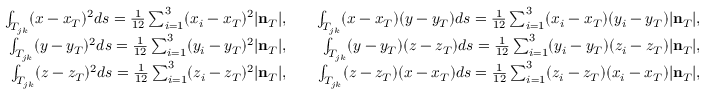
\begin{array} { r l r } { \int _ { T _ { j k } } ( x - x _ { T } ) ^ { 2 } d s = \frac { 1 } { 1 2 } \sum _ { i = 1 } ^ { 3 } ( x _ { i } - x _ { T } ) ^ { 2 } | { \bf n } _ { T } | , } & { } & { \int _ { T _ { j k } } ( x - x _ { T } ) ( y - y _ { T } ) d s = \frac { 1 } { 1 2 } \sum _ { i = 1 } ^ { 3 } ( x _ { i } - x _ { T } ) ( y _ { i } - y _ { T } ) | { \bf n } _ { T } | , } \\ { \int _ { T _ { j k } } ( y - y _ { T } ) ^ { 2 } d s = \frac { 1 } { 1 2 } \sum _ { i = 1 } ^ { 3 } ( y _ { i } - y _ { T } ) ^ { 2 } | { \bf n } _ { T } | , } & { } & { \int _ { T _ { j k } } ( y - y _ { T } ) ( z - z _ { T } ) d s = \frac { 1 } { 1 2 } \sum _ { i = 1 } ^ { 3 } ( y _ { i } - y _ { T } ) ( z _ { i } - z _ { T } ) | { \bf n } _ { T } | , } \\ { \int _ { T _ { j k } } ( z - z _ { T } ) ^ { 2 } d s = \frac { 1 } { 1 2 } \sum _ { i = 1 } ^ { 3 } ( z _ { i } - z _ { T } ) ^ { 2 } | { \bf n } _ { T } | , } & { } & { \int _ { T _ { j k } } ( z - z _ { T } ) ( x - x _ { T } ) d s = \frac { 1 } { 1 2 } \sum _ { i = 1 } ^ { 3 } ( z _ { i } - z _ { T } ) ( x _ { i } - x _ { T } ) | { \bf n } _ { T } | , } \end{array}